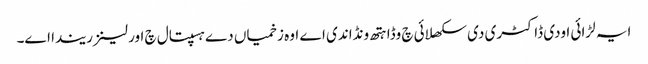
ایہ لڑائی اودی ڈاکٹری دی سکھلائی چ وڈا ہتھ ونڈاندی اے اوہ زخمیاں دے ہسپتال چ اورلینز ریندا اے۔